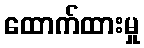
ထောက်ထားမှု